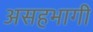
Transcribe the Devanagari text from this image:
असहभागी